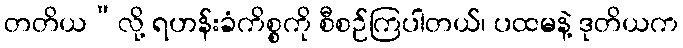
တတိယ”လို့ ရဟန်းခံကိစ္စကို စီစဉ်ကြပါတယ်၊ ပထမနဲ့ ဒုတိယက